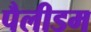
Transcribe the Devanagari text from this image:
पैलीडम